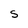
Character: S